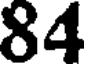
84